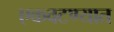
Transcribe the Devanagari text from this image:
एकवटण्यात